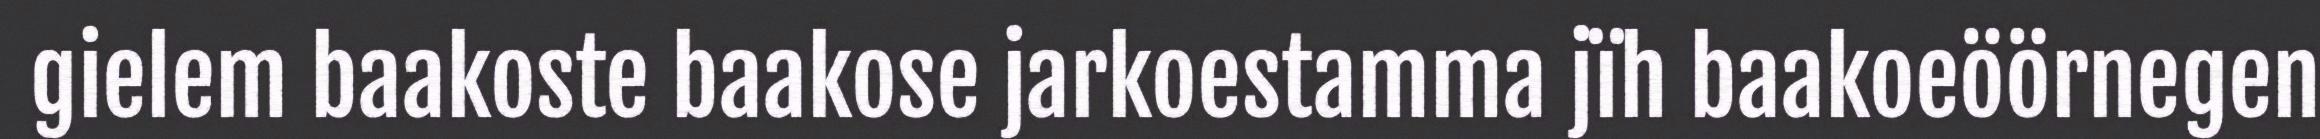
gielem baakoste baakose jarkoestamma jïh baakoeöörnegen